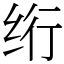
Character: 绗